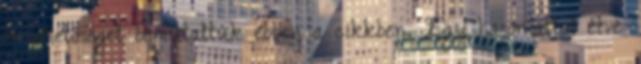
4 lehetőséget bemutattuk ebben a cikkben. Egy hasonlattal élve: